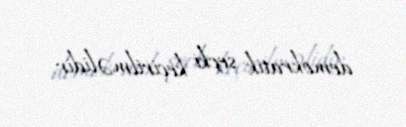
demokratik seçki keçirilməlidir.